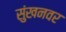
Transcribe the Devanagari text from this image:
सुंखनवर